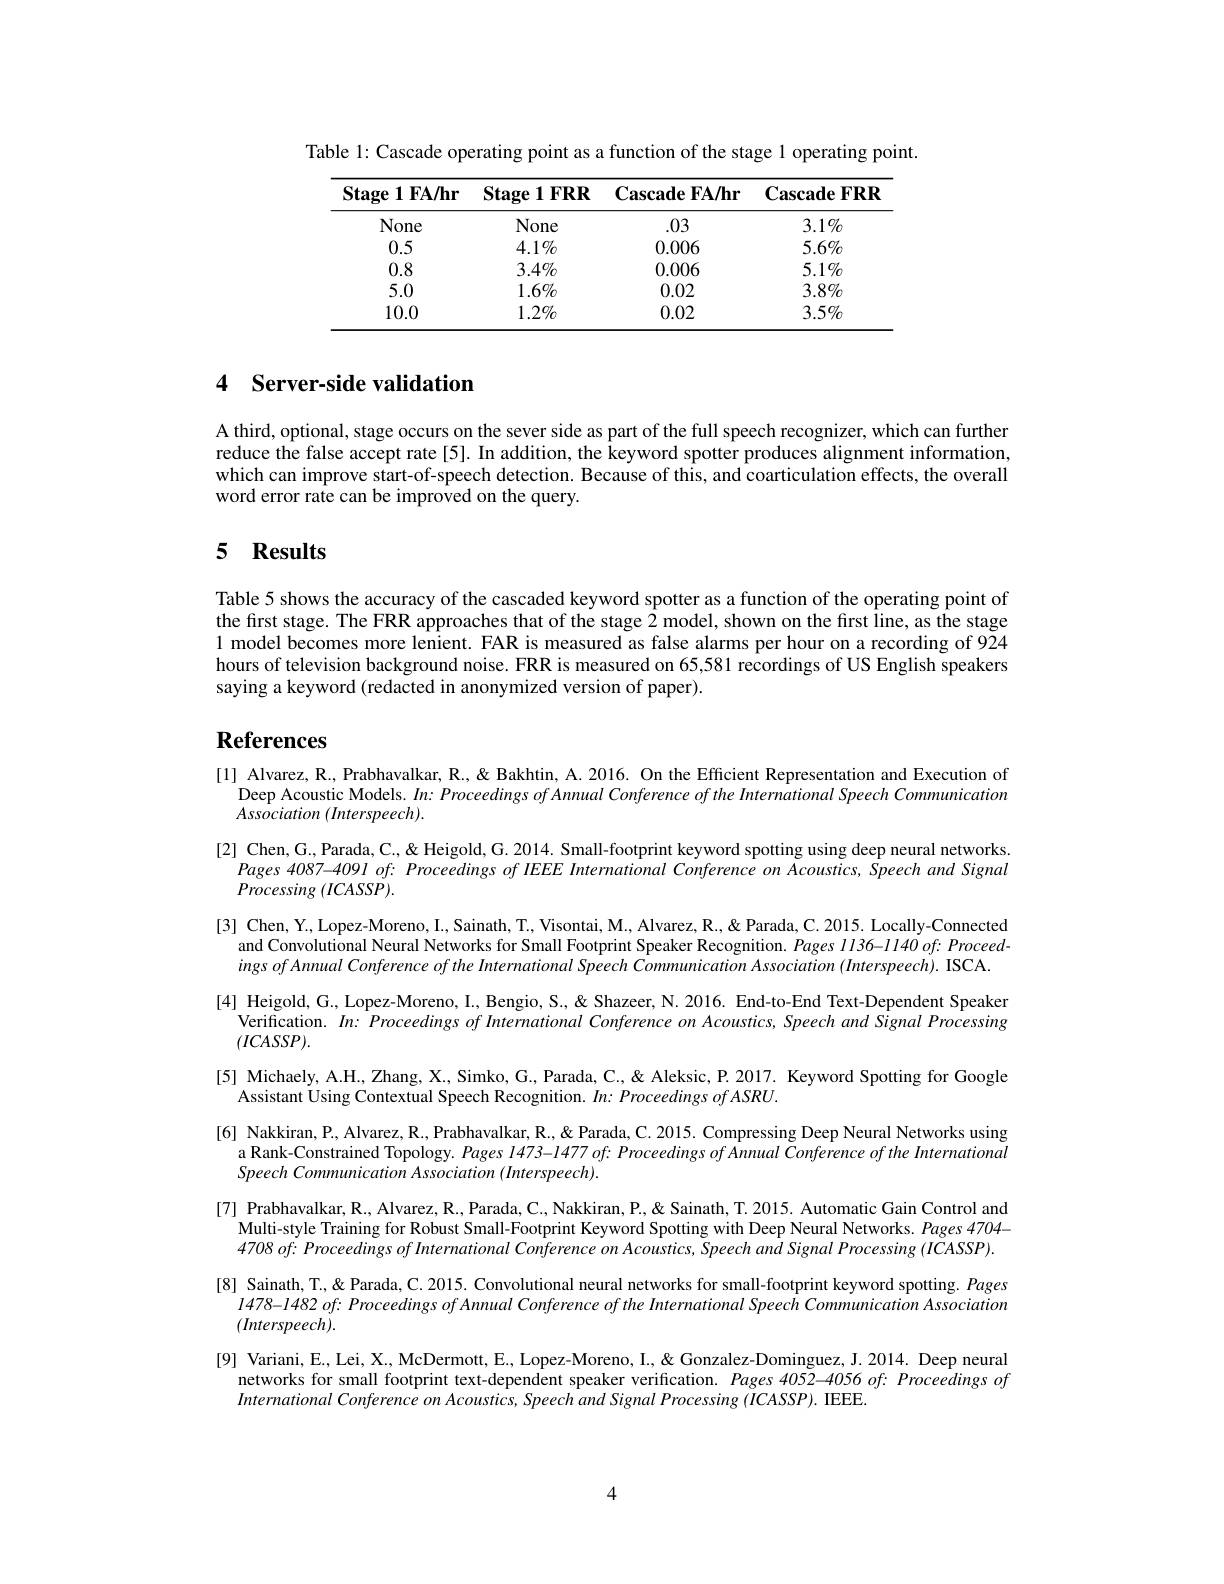
Table 1: Cascade operating point as a function of the stage 1 operating point.

<table>
	<tbody>
		<tr>
			<th>Stage ${\mathbf{e}}1{\mathbf{F}}\mathbf{A}/\mathbf{h}\mathbf{r}$</th>
			<th>Stage1FRR</th>
			<th>$\mathbf{CascadeFA/hr}$</th>
			<th>$\mathbf{CascadeFRR}$</th>
		</tr>
		<tr>
			<td>None</td>
			<td>None</td>
			<td>.03</td>
			<td>$3.1\%$</td>
		</tr>
		<tr>
			<td>0.5</td>
			<td>$4.1\%$</td>
			<td>0.006</td>
			<td>$5.6\%$</td>
		</tr>
		<tr>
			<td>0.8</td>
			<td>$3.4\%$</td>
			<td>0.006</td>
			<td>$5.1\%$</td>
		</tr>
		<tr>
			<td>5.0</td>
			<td>$1.6\%$</td>
			<td>0.02</td>
			<td>$3.8\%$</td>
		</tr>
		<tr>
			<td>10.0</td>
			<td>$1.2\%$</td>
			<td>0.02</td>
			<td>$3.5\%$</td>
		</tr>
	</tbody>
</table>

# 4 Server-side validation

A third, optional, stage occurs on the sever side as part of the full speech recognizer, which can further reduce the false accept rate[5]. In addition, the keyword spotter produces alignment information, which can improve start-of-speech detection. Because of this, and coarticulation effects, the overall word error rate can be improved on the query.

# 5 Results

Table 5 shows the accuracy of the cascaded keyword spotter as a function of the operating point of the first stage. The FRR approaches that of the stage 2 model, shown on the first line, as the stage 1 model becomes more lenient. FAR is measured as false alarms per hour on a recording of 924 hours of television background noise. FRR is measured on 65,581 recordings of US English speakers saying a keyword (redacted in anonymized version of paper).

# References

Deep Acoustic Models. $In:ProceedingsofAnnual$ Conference of the International Speech Communication
$Association(Interspeech).$
[2] Chen, G., Parada, C., & " " Small-footprint keyword spotting using deep neural networks.
Pages 4087-409I of: Proceedings of IEEE International Conference on Acoustics, Speech and Signal
$Processing~(ICASSP).$
[3] Chen, Y., Lopez-Moreno, I., Sainath, T.. Visontai, M., Alvarez, R., & Parada, C. 2015. Locally-Connected
and Convolutional Neural Networks for Small Footprint Speaker Recognition. Pages $I136-1140$ of: Proceed-
ingsofAnnual Conference of the International Speech Communication Association (Interspeech). ISCA. [4] Heigold, G., Lopez-Moreno, I., Bengio, S., & Shazeer, N. 2016. End-to-End Text-Dependent Speaker
Verification. In: Proceedings of International Conference on Acoustics, Speech and Signal Processing
$(ICASSP).$
[5] Michaely, A.H., Zhang, X., Simko, G., Parada, C., & Aleksic, P. 2017. Keyword Spotting for Google
Assistant Using Contextual Speech Recognition. $In:Proceedings~ofASRU.$
[6] Nakkiran, P., Alvarez, R., Prabhavalkar, R., & Parada, C. 2015. Compressing Deep Neural Networks using
a Rank-Constrained Topology. Pages $1473-1477of:$ Proceedings of Annual Conference of the International
Speech Communication Association (Interspeech).
[7] Prabhavalkar, R., Alvarez, R., Parada, C., Nakkiran, P., & Sainath, T. 2015. Automatic Gain Control and
Multi-style Training for Robust Small-Footprint Keyword Spotting with Deep Neural Networks. Pages 4704- $4708of: ProceedingsofInternational\textit{Conference on Acoustics, Speech and Signal Processing ( ICASSP) . }$
[8] Sainath, T.,&&Parada, C. 2015. Convolutional neural networks for small-footprint keyword spotting. Pages
$1478-1482of:ProceedingsofAnnual$ Conference of the International Speech Communication Association
$(Interspeech).$
[9] Variani, E., Lei, X., McDermott, E., Lopez-Moreno, I., & Gonzalez-Dominguez, J.2014. Deep neural
networks for small footprint text-dependent speaker verification. Pages 4052-4056 of: Proceedings of
International Conference on Acoustics, Speech and Signal Processing (ICASSP). IEEE.